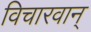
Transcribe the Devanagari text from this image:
विचारवान्